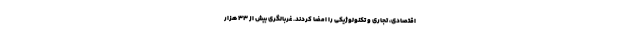
اقتصادی، تجاری و تکنولوژیکی را امضا کردند. غربالگری بیش از ۳۳ هزار